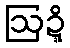
ဩဍ္ဍိ